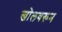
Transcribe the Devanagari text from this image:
खोलवरून